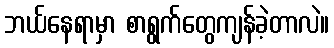
ဘယ်နေရာမှာ စာရွက်တွေကျန်ခဲ့တာလဲ။